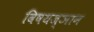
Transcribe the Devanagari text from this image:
विषयज्ञान